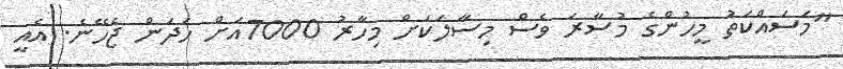
"މަސައްކަތު މީހުންގެ މުސާރަ ވެސް މިސާލަކަށް މިހާރު 7000އަށް ހަދަން ޖެހޭނެ. އެއީ